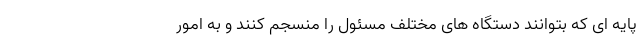
پایه ای که بتوانند دستگاه های مختلف مسئول را منسجم کنند و به امور